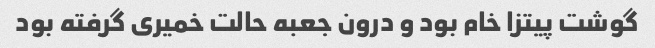
گوشت پیتزا خام بود و درون جعبه حالت خمیری گرفته بود